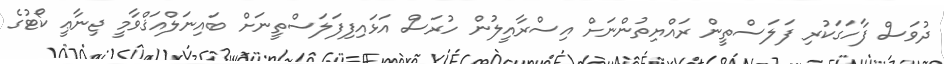
ދުވަސް ފާހަގަކުރި ފަލަސްތީން ރައްޔިތުންނަށް އިސްރާއީލުން ހުރަސް އަޅައިފިފަލަސްތީނަށް ބައިނަލްއަޤްވާމީ ޖިނާޢީ ކޯޓުގެ